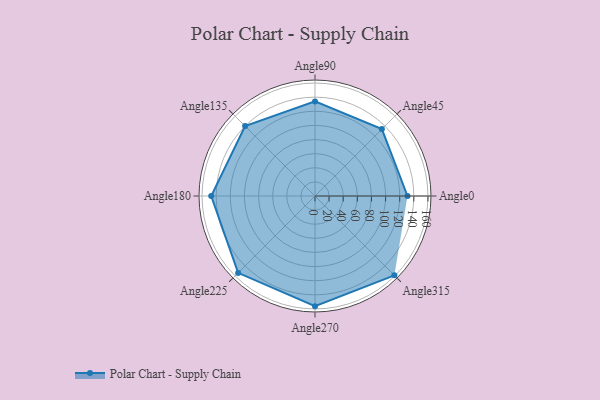
{"axis": {"x": "Angle", "y": "Radius"}, "legend": [""], "data": [{"x": "Angle0", "y": 131.0, "type": ""}, {"x": "Angle45", "y": 134.0, "type": ""}, {"x": "Angle90", "y": 134.0, "type": ""}, {"x": "Angle135", "y": 140.0, "type": ""}, {"x": "Angle180", "y": 147.0, "type": ""}, {"x": "Angle225", "y": 154.0, "type": ""}, {"x": "Angle270", "y": 156.0, "type": ""}, {"x": "Angle315", "y": 159.0, "type": ""}]}